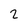
Character: 2